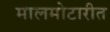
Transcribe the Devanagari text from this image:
मालमोटारीत